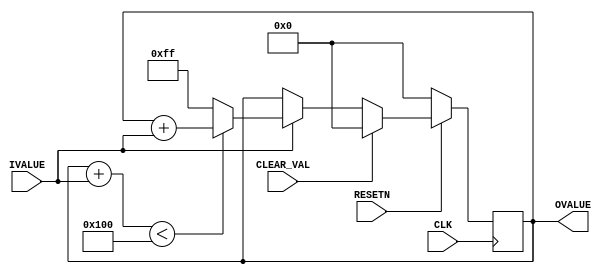

// Copyright (C) Akira Higuchi  ( https://github.com/ahiguti )
// Copyright (C) DeNA Co.,Ltd. ( https://dena.com )
// All rights reserved.
// See COPYRIGHT.txt for details


module accumulate_no_wraparound(
  CLK, RESETN, CLEAR_VAL, IVALUE, OVALUE
);
parameter WIDTH_IN = 1;
parameter WIDTH_OUT = 8;
input CLK;
input RESETN;
input CLEAR_VAL;
input [WIDTH_IN-1:0] IVALUE;
output [WIDTH_OUT-1:0] OVALUE;

reg [WIDTH_OUT-1:0] ovalue;

assign OVALUE = ovalue;

always @(posedge CLK) begin
    if (!RESETN) begin
        ovalue <= 0;
    end else begin
        if (CLEAR_VAL) begin
            ovalue <= 0;
        end else if (IVALUE != 0) begin
            if (ovalue + IVALUE < (1 << WIDTH_OUT)) begin
                ovalue <= ovalue + IVALUE;
            end else begin
                ovalue <= (1 << WIDTH_OUT) - 1;
            end
        end
    end
end

endmodule